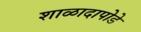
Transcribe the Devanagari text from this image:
शाळादापोडे